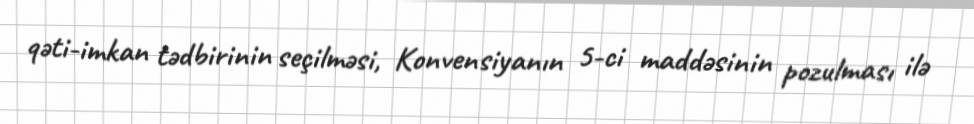
qəti-imkan tədbirinin seçilməsi, Konvensiyanın 5-ci maddəsinin pozulması ilə